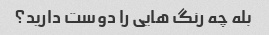
بله چه رنگ هایی را دوست دارید؟